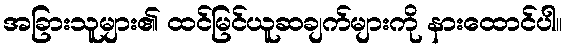
အခြားသူများ၏ ထင်မြင်ယူဆချက်များကို နားထောင်ပါ။